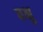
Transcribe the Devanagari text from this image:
बभ्रु